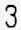
3